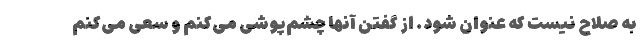
به صلاح نیست که عنوان شود. از گفتن آنها چشم‌پوشی می‌کنم و سعی می‌کنم